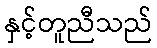
နှင့်တူညီသည်